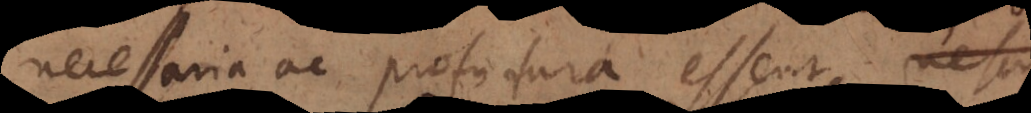
necessaria ac profutura essent, nescio